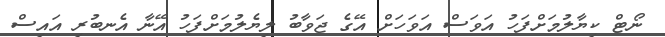
ނޯޓް ކިޔާލުމަށްފަހު އަވަސް އަވަހަށް އޭގެ ޖަވާބު ލިޔެލުމަށްފަހު އޭނާ އެނބުރި އައިސް